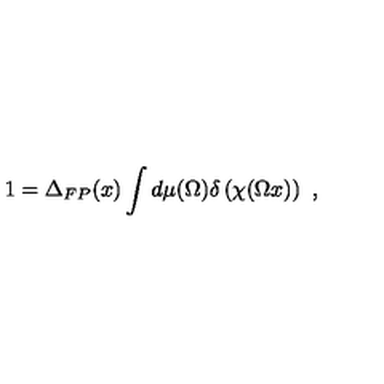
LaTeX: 1 = \Delta _ { F P } ( x ) \int d \mu ( \Omega ) \delta \left( \chi ( \Omega x ) \right) \ ,